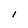
Character: l